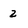
Character: 2